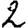
Digit: 2